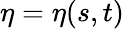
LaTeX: \eta=\eta(s,t)